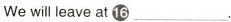
We willeave at ⑯ ___.